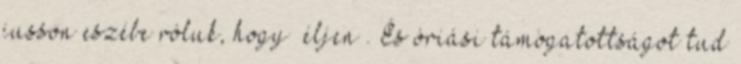
jusson eszébe róluk, hogy „éljen”. És óriási támogatottságot tud